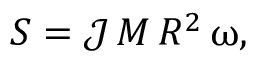
S = \mathcal { J } \, M \, R ^ { 2 } \, \upomega ,